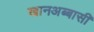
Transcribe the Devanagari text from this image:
खानअब्बासी